Bréfritari: Ragnheiður Daníelsdóttir
Viðtakandi: Jakobína Magnúsdóttir
Dagsetning: A-1886-08-26
Skrifað á: Reykjavík  Gull.
Ragnheiður var dóttir Jakobínu

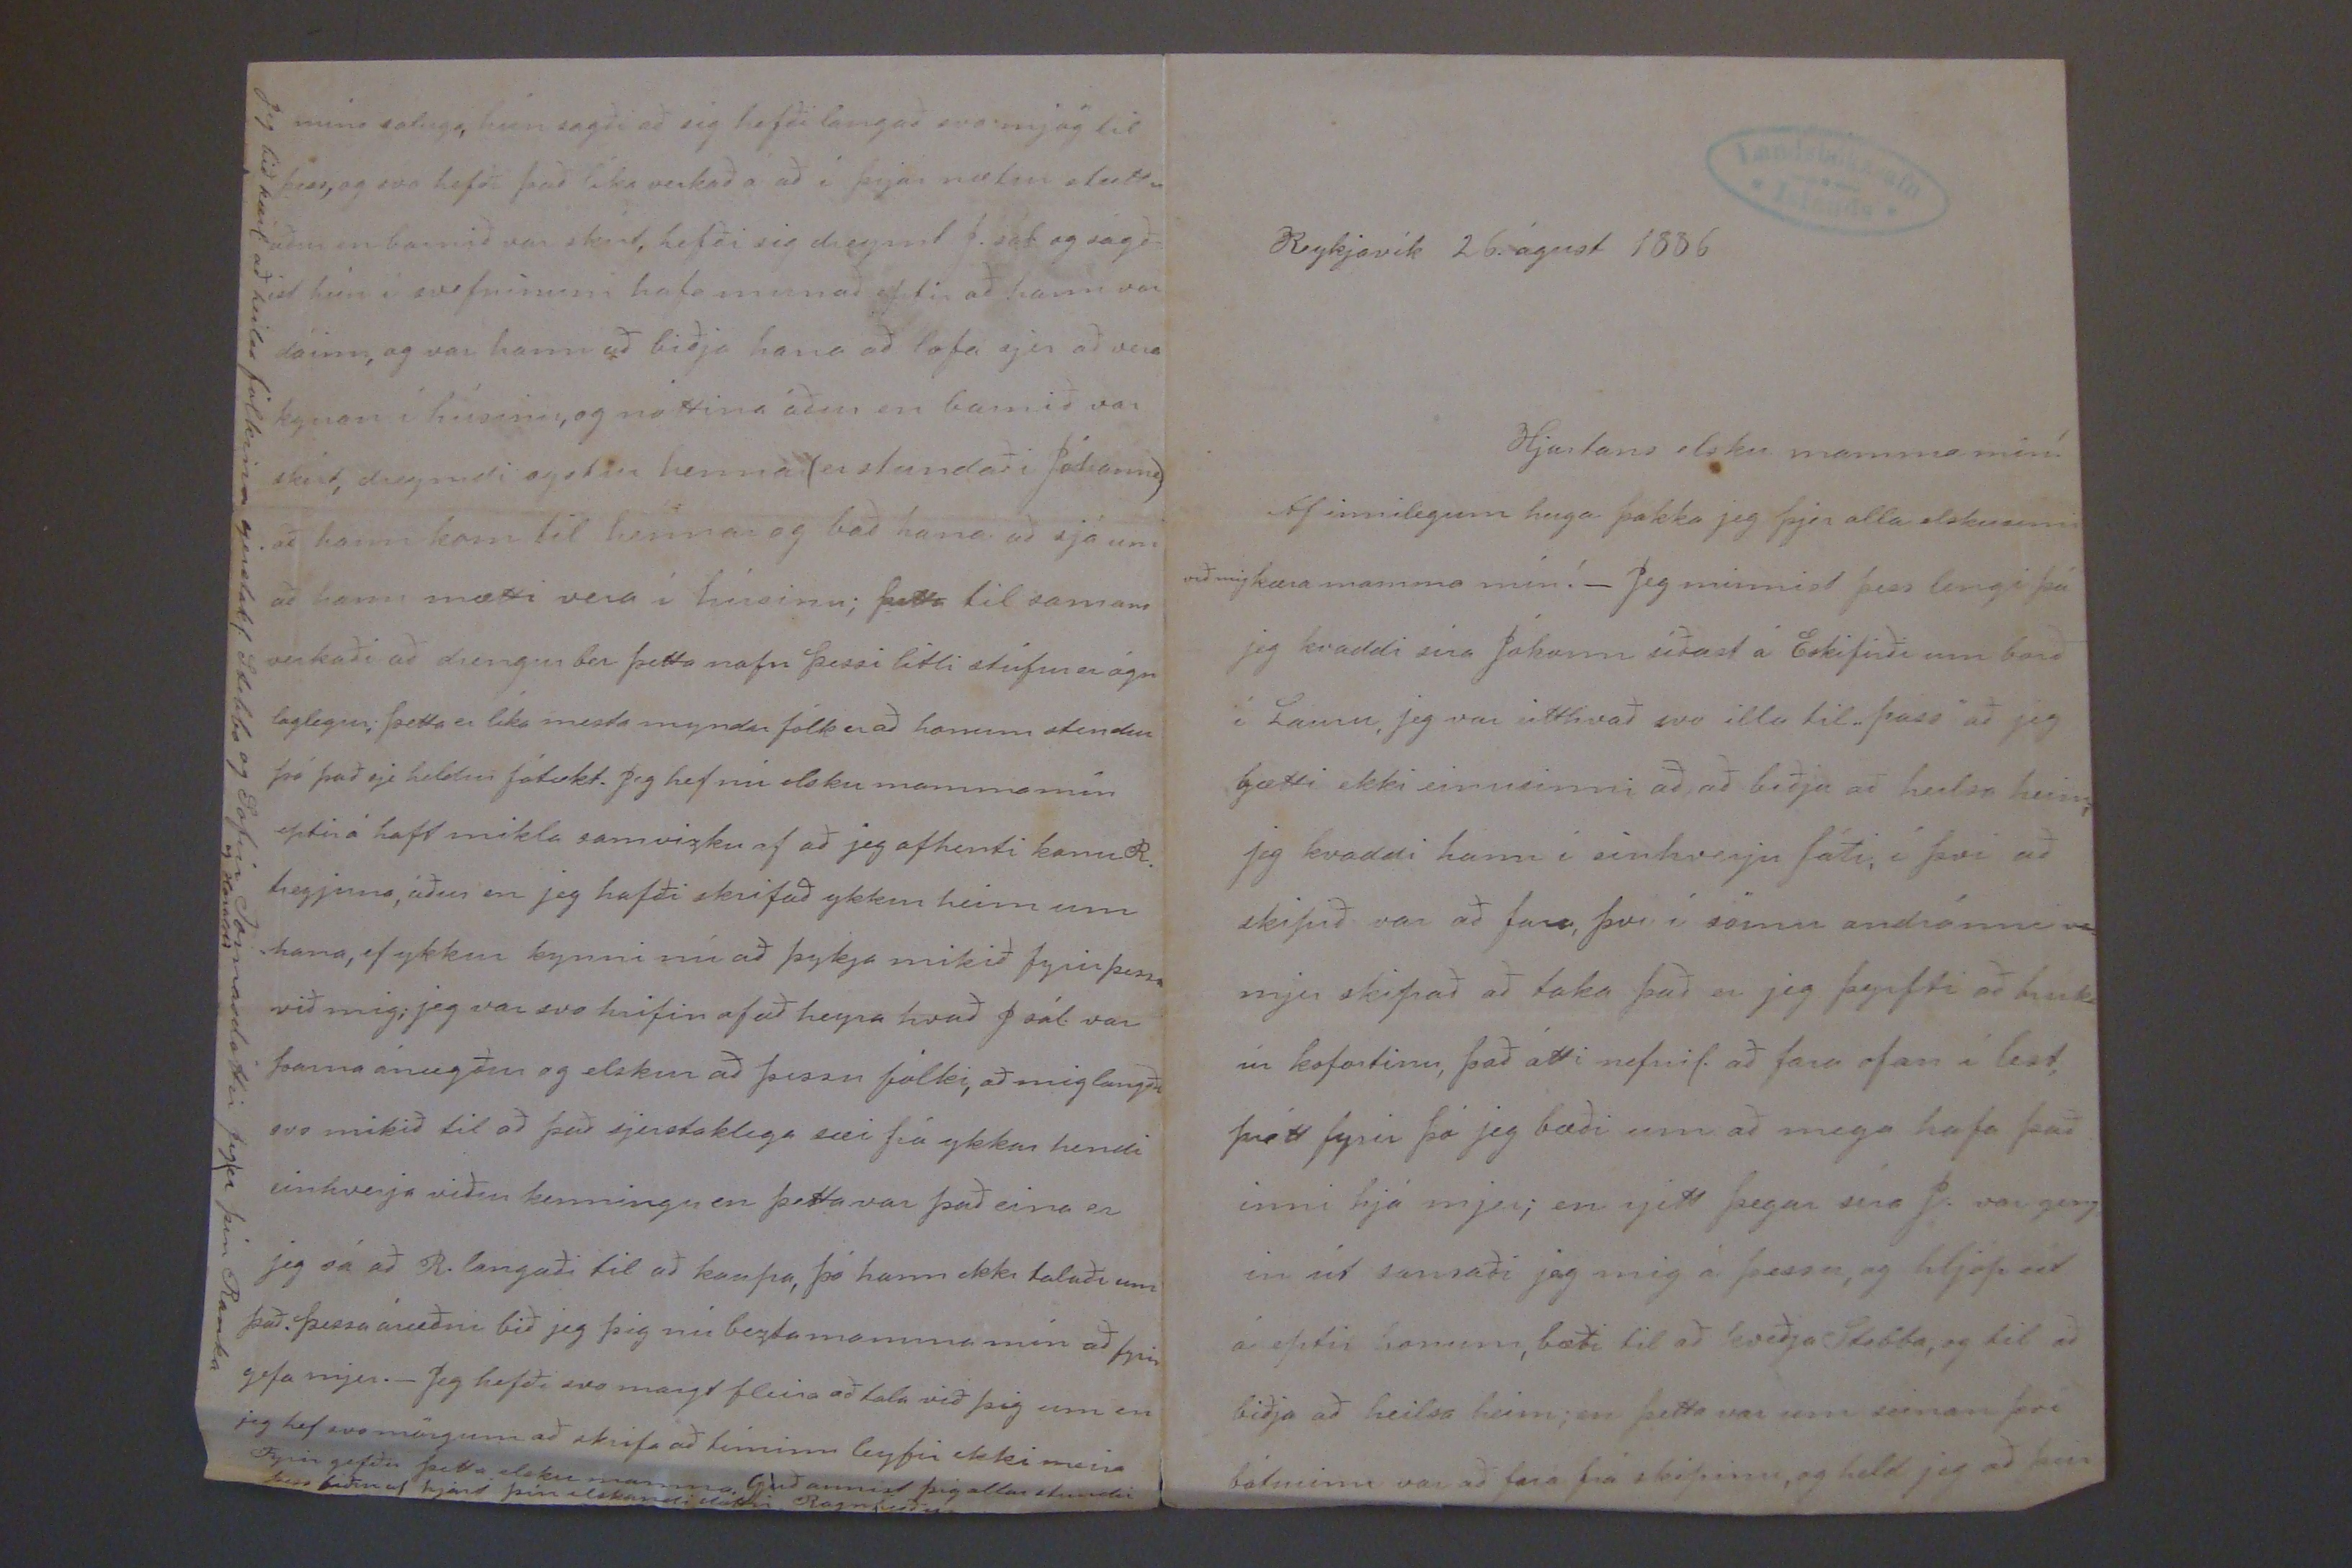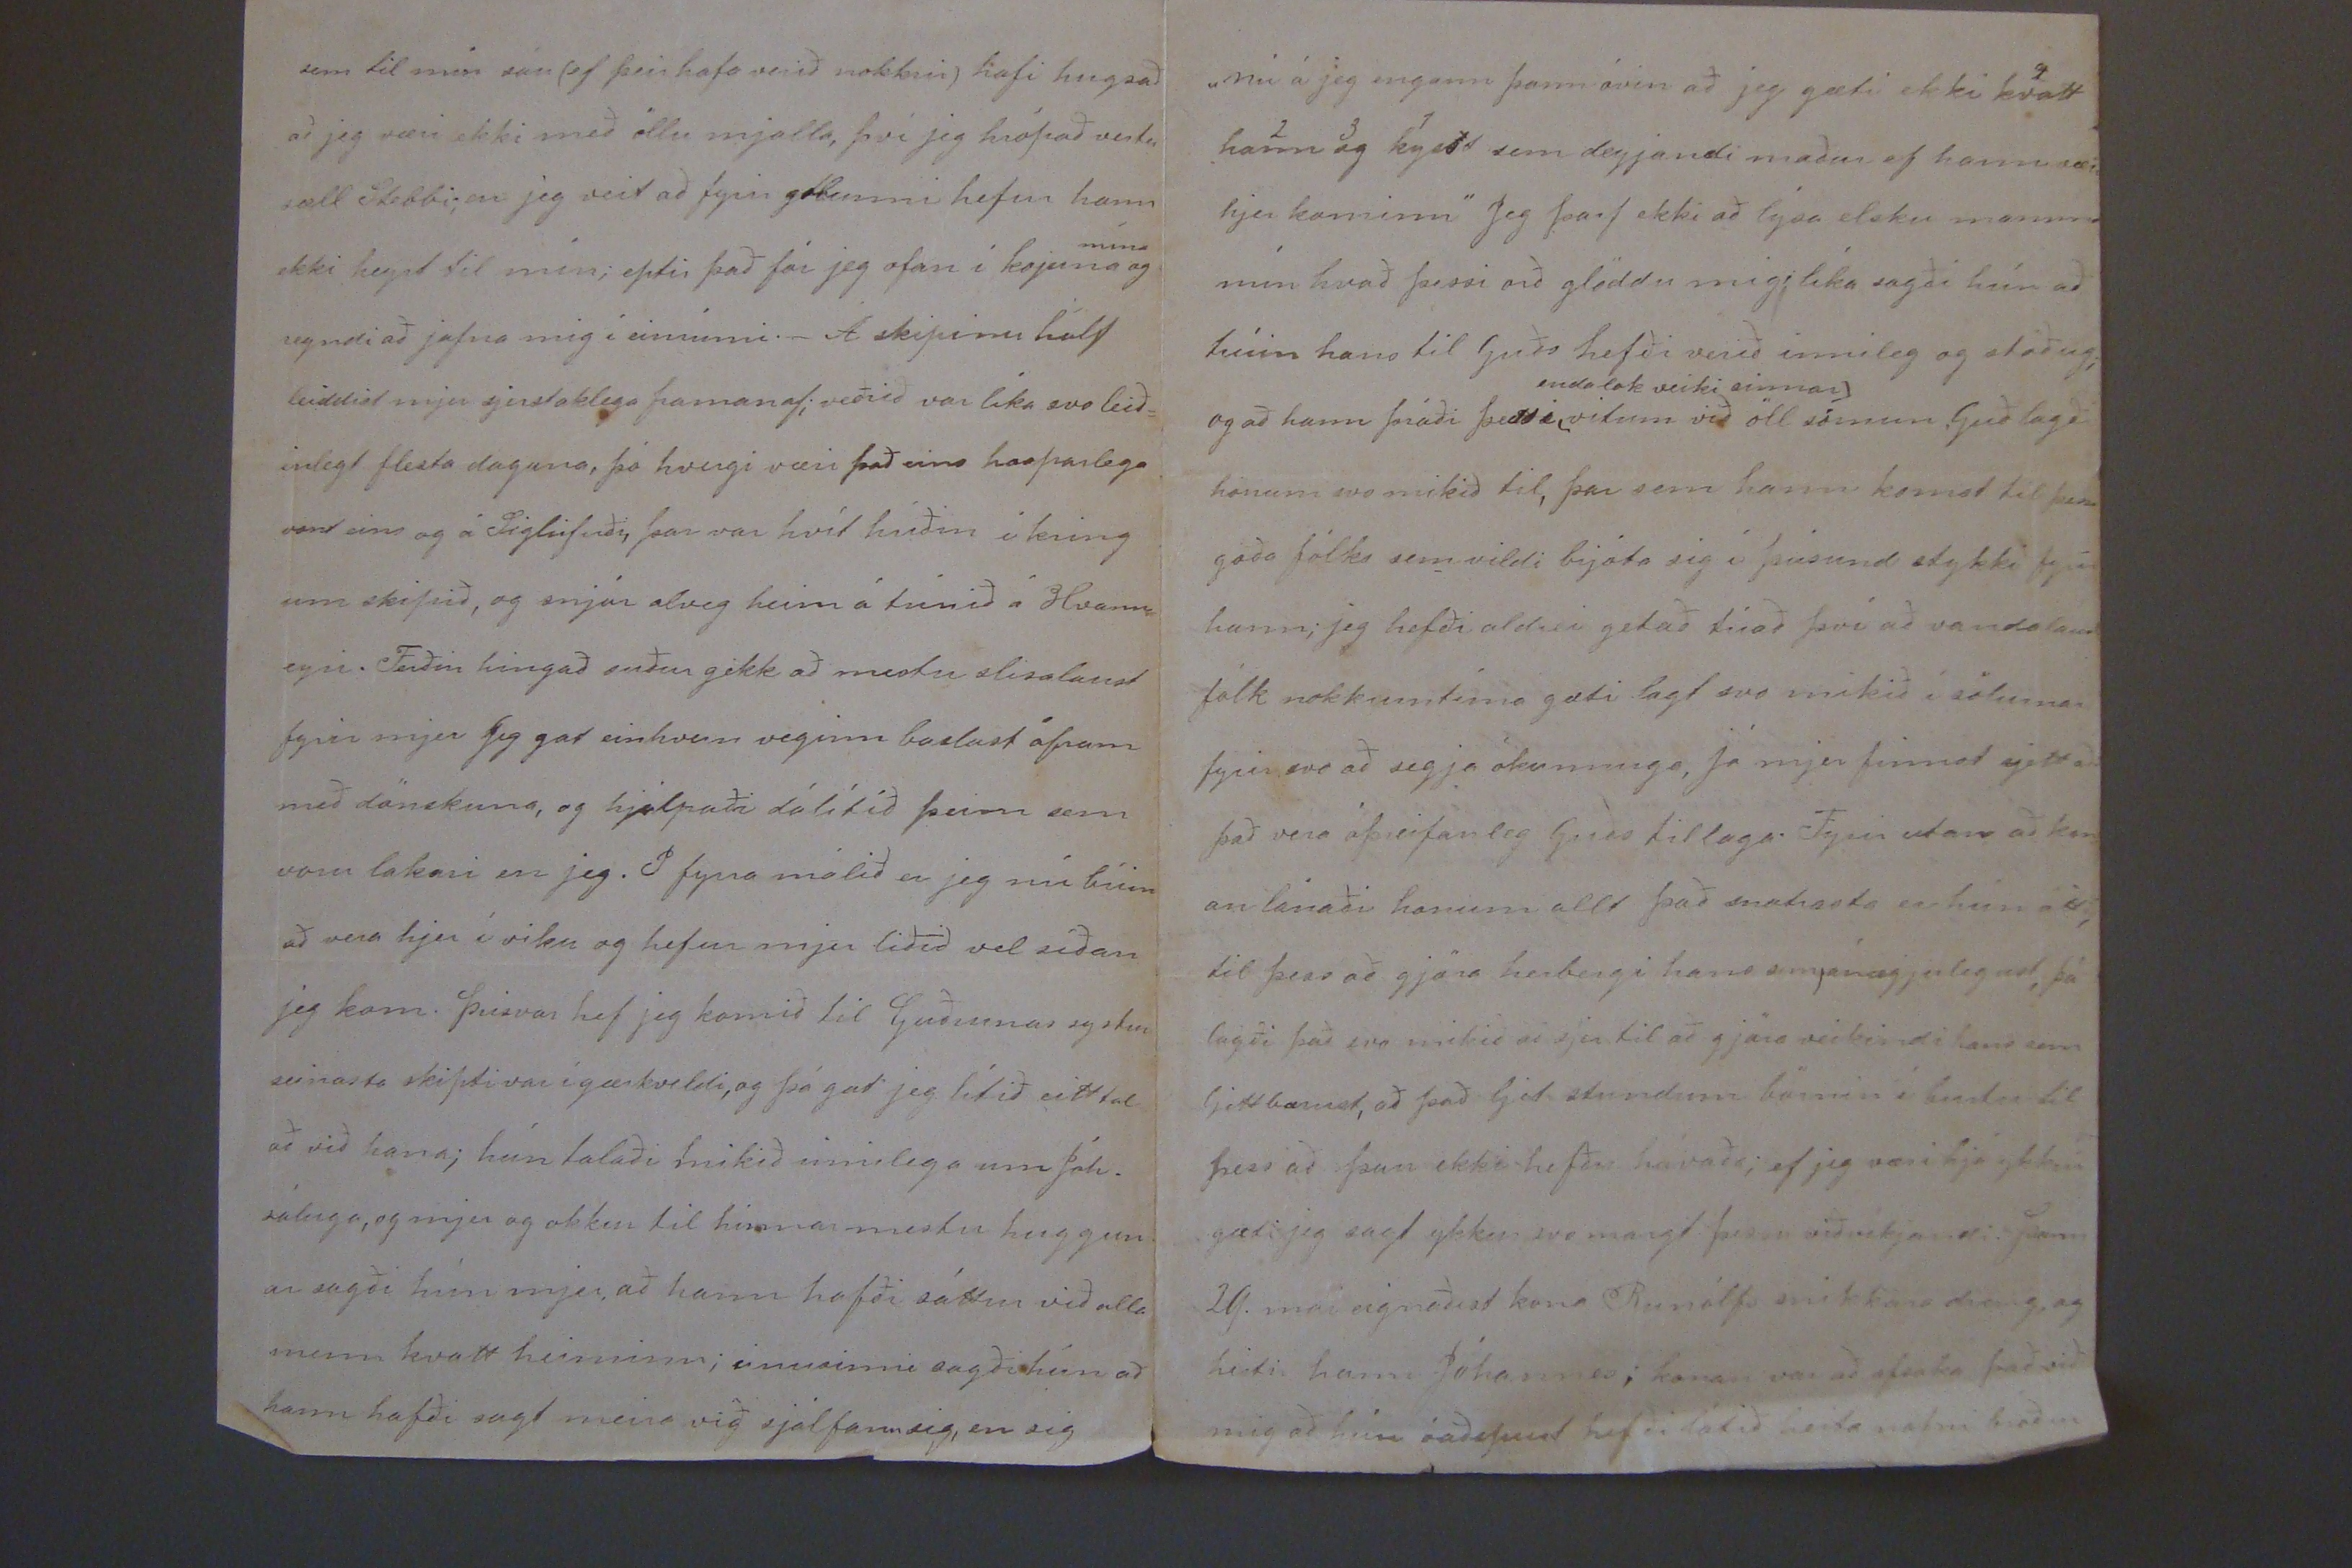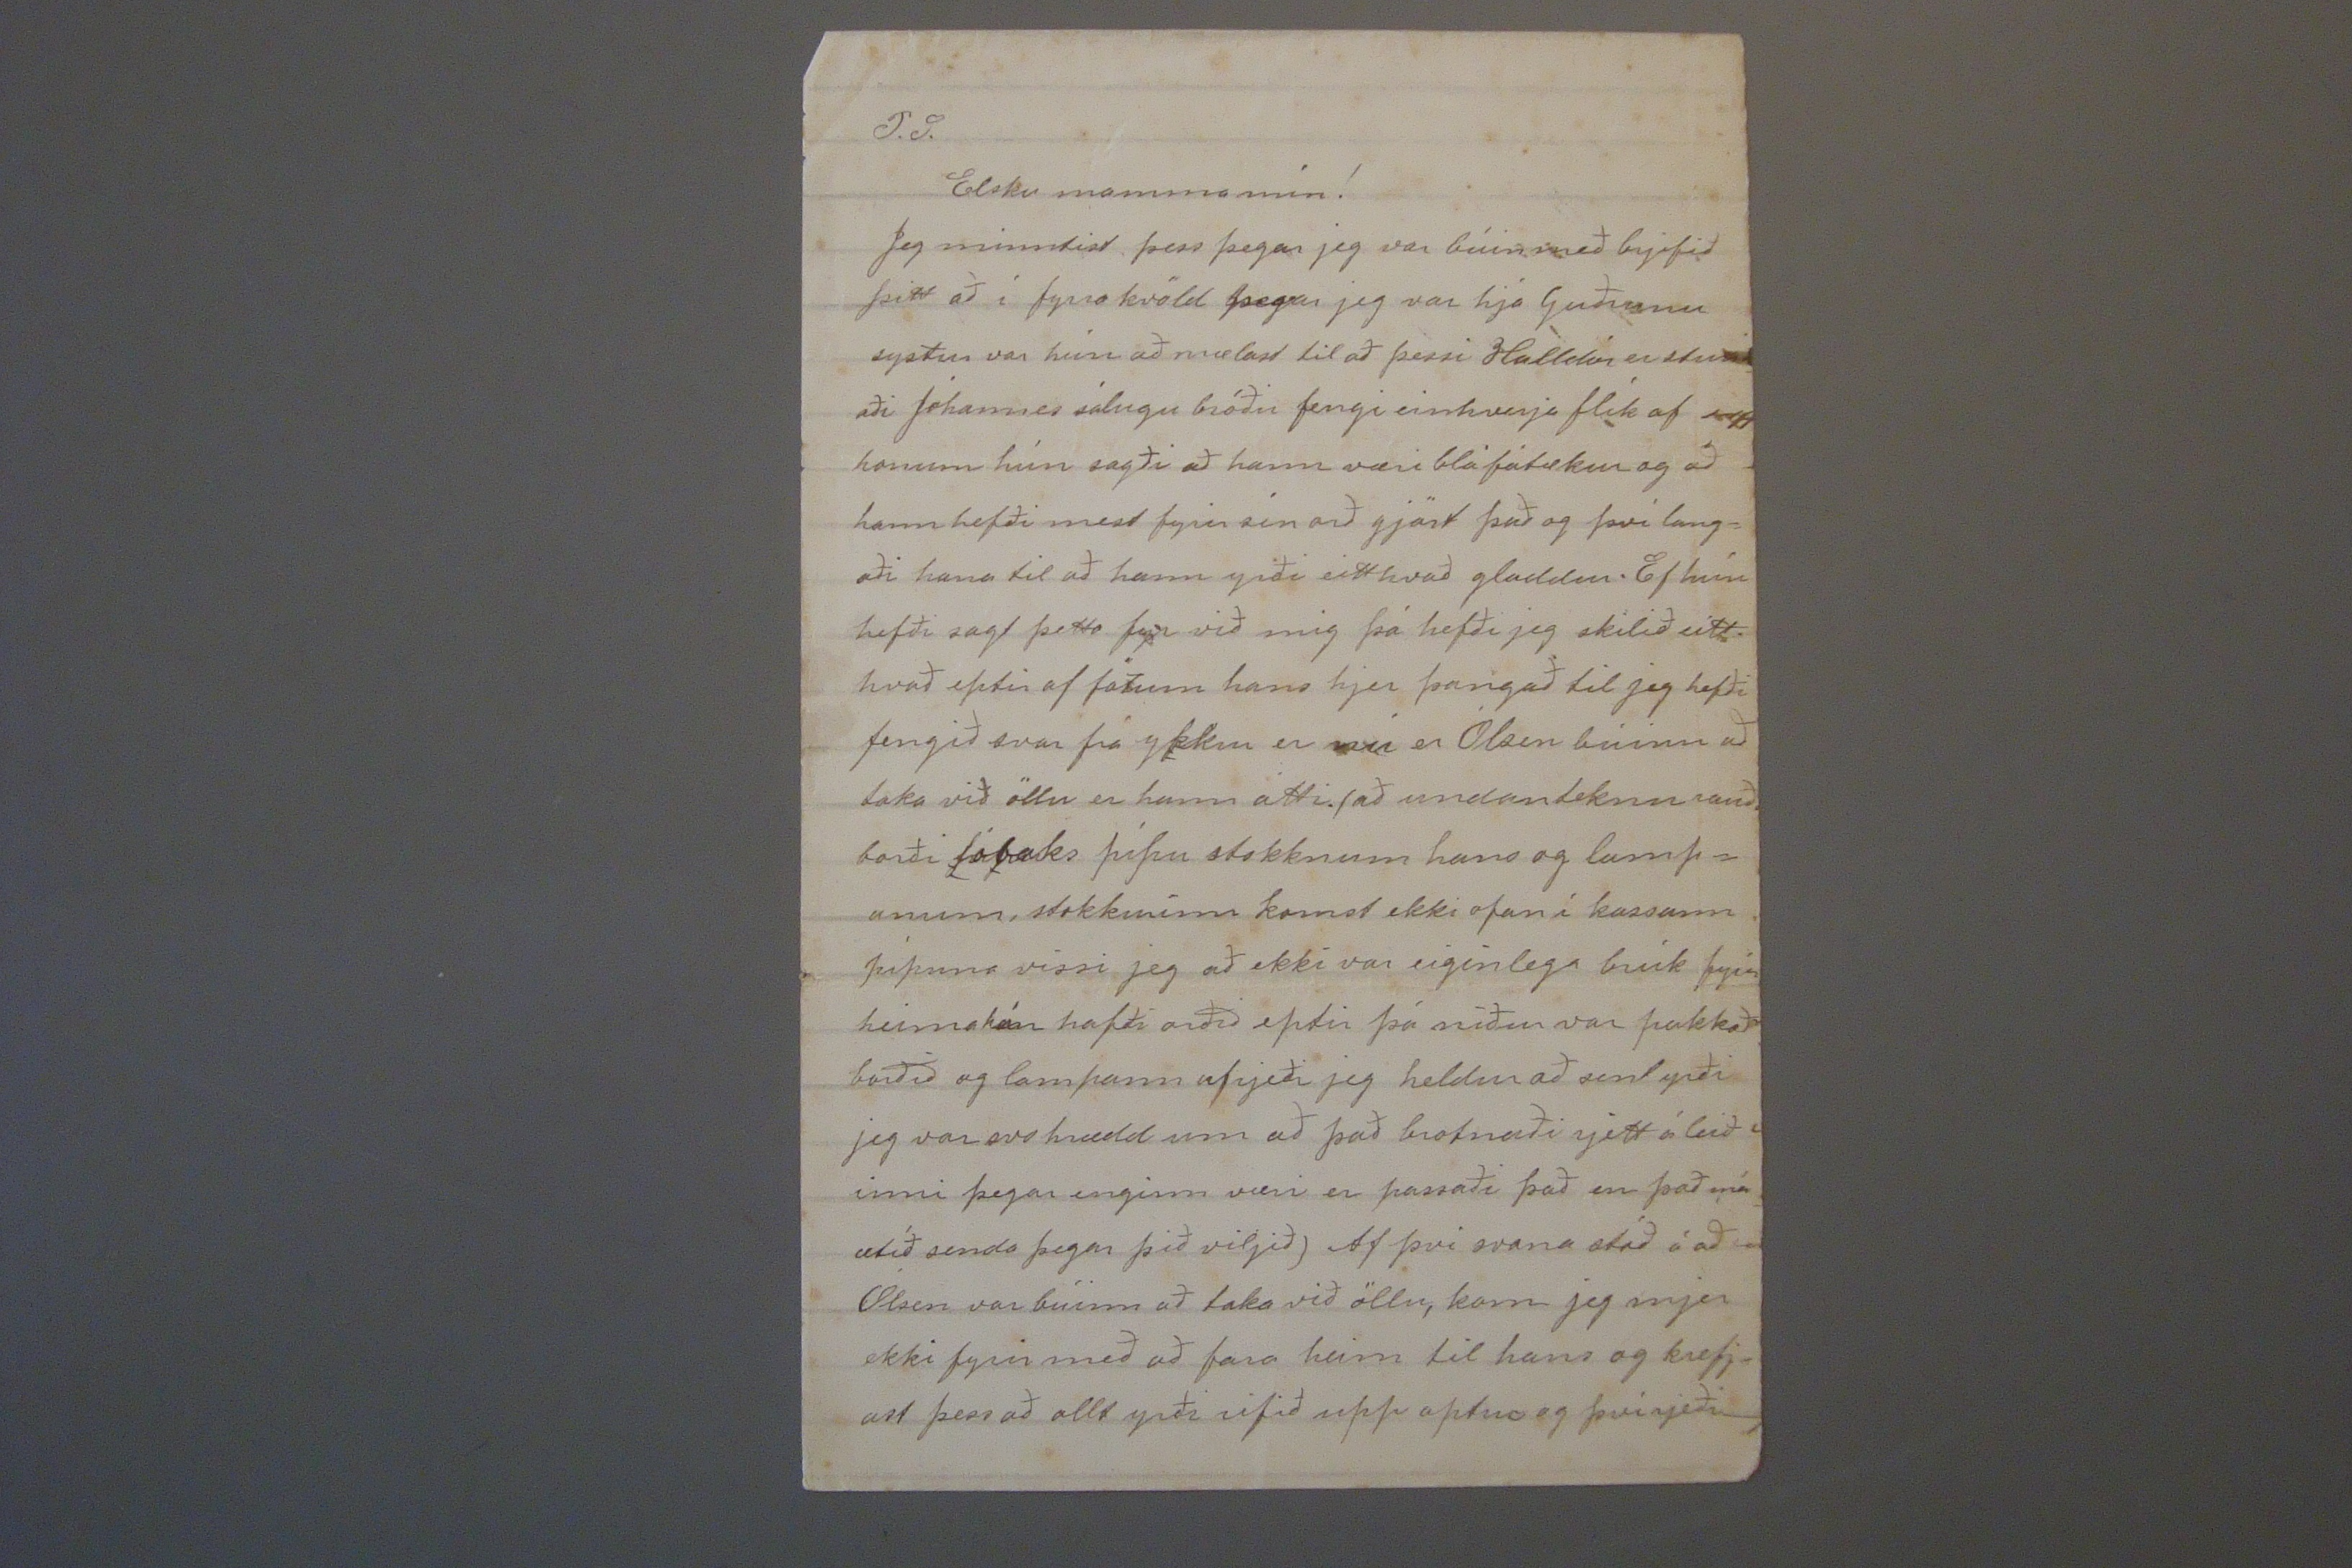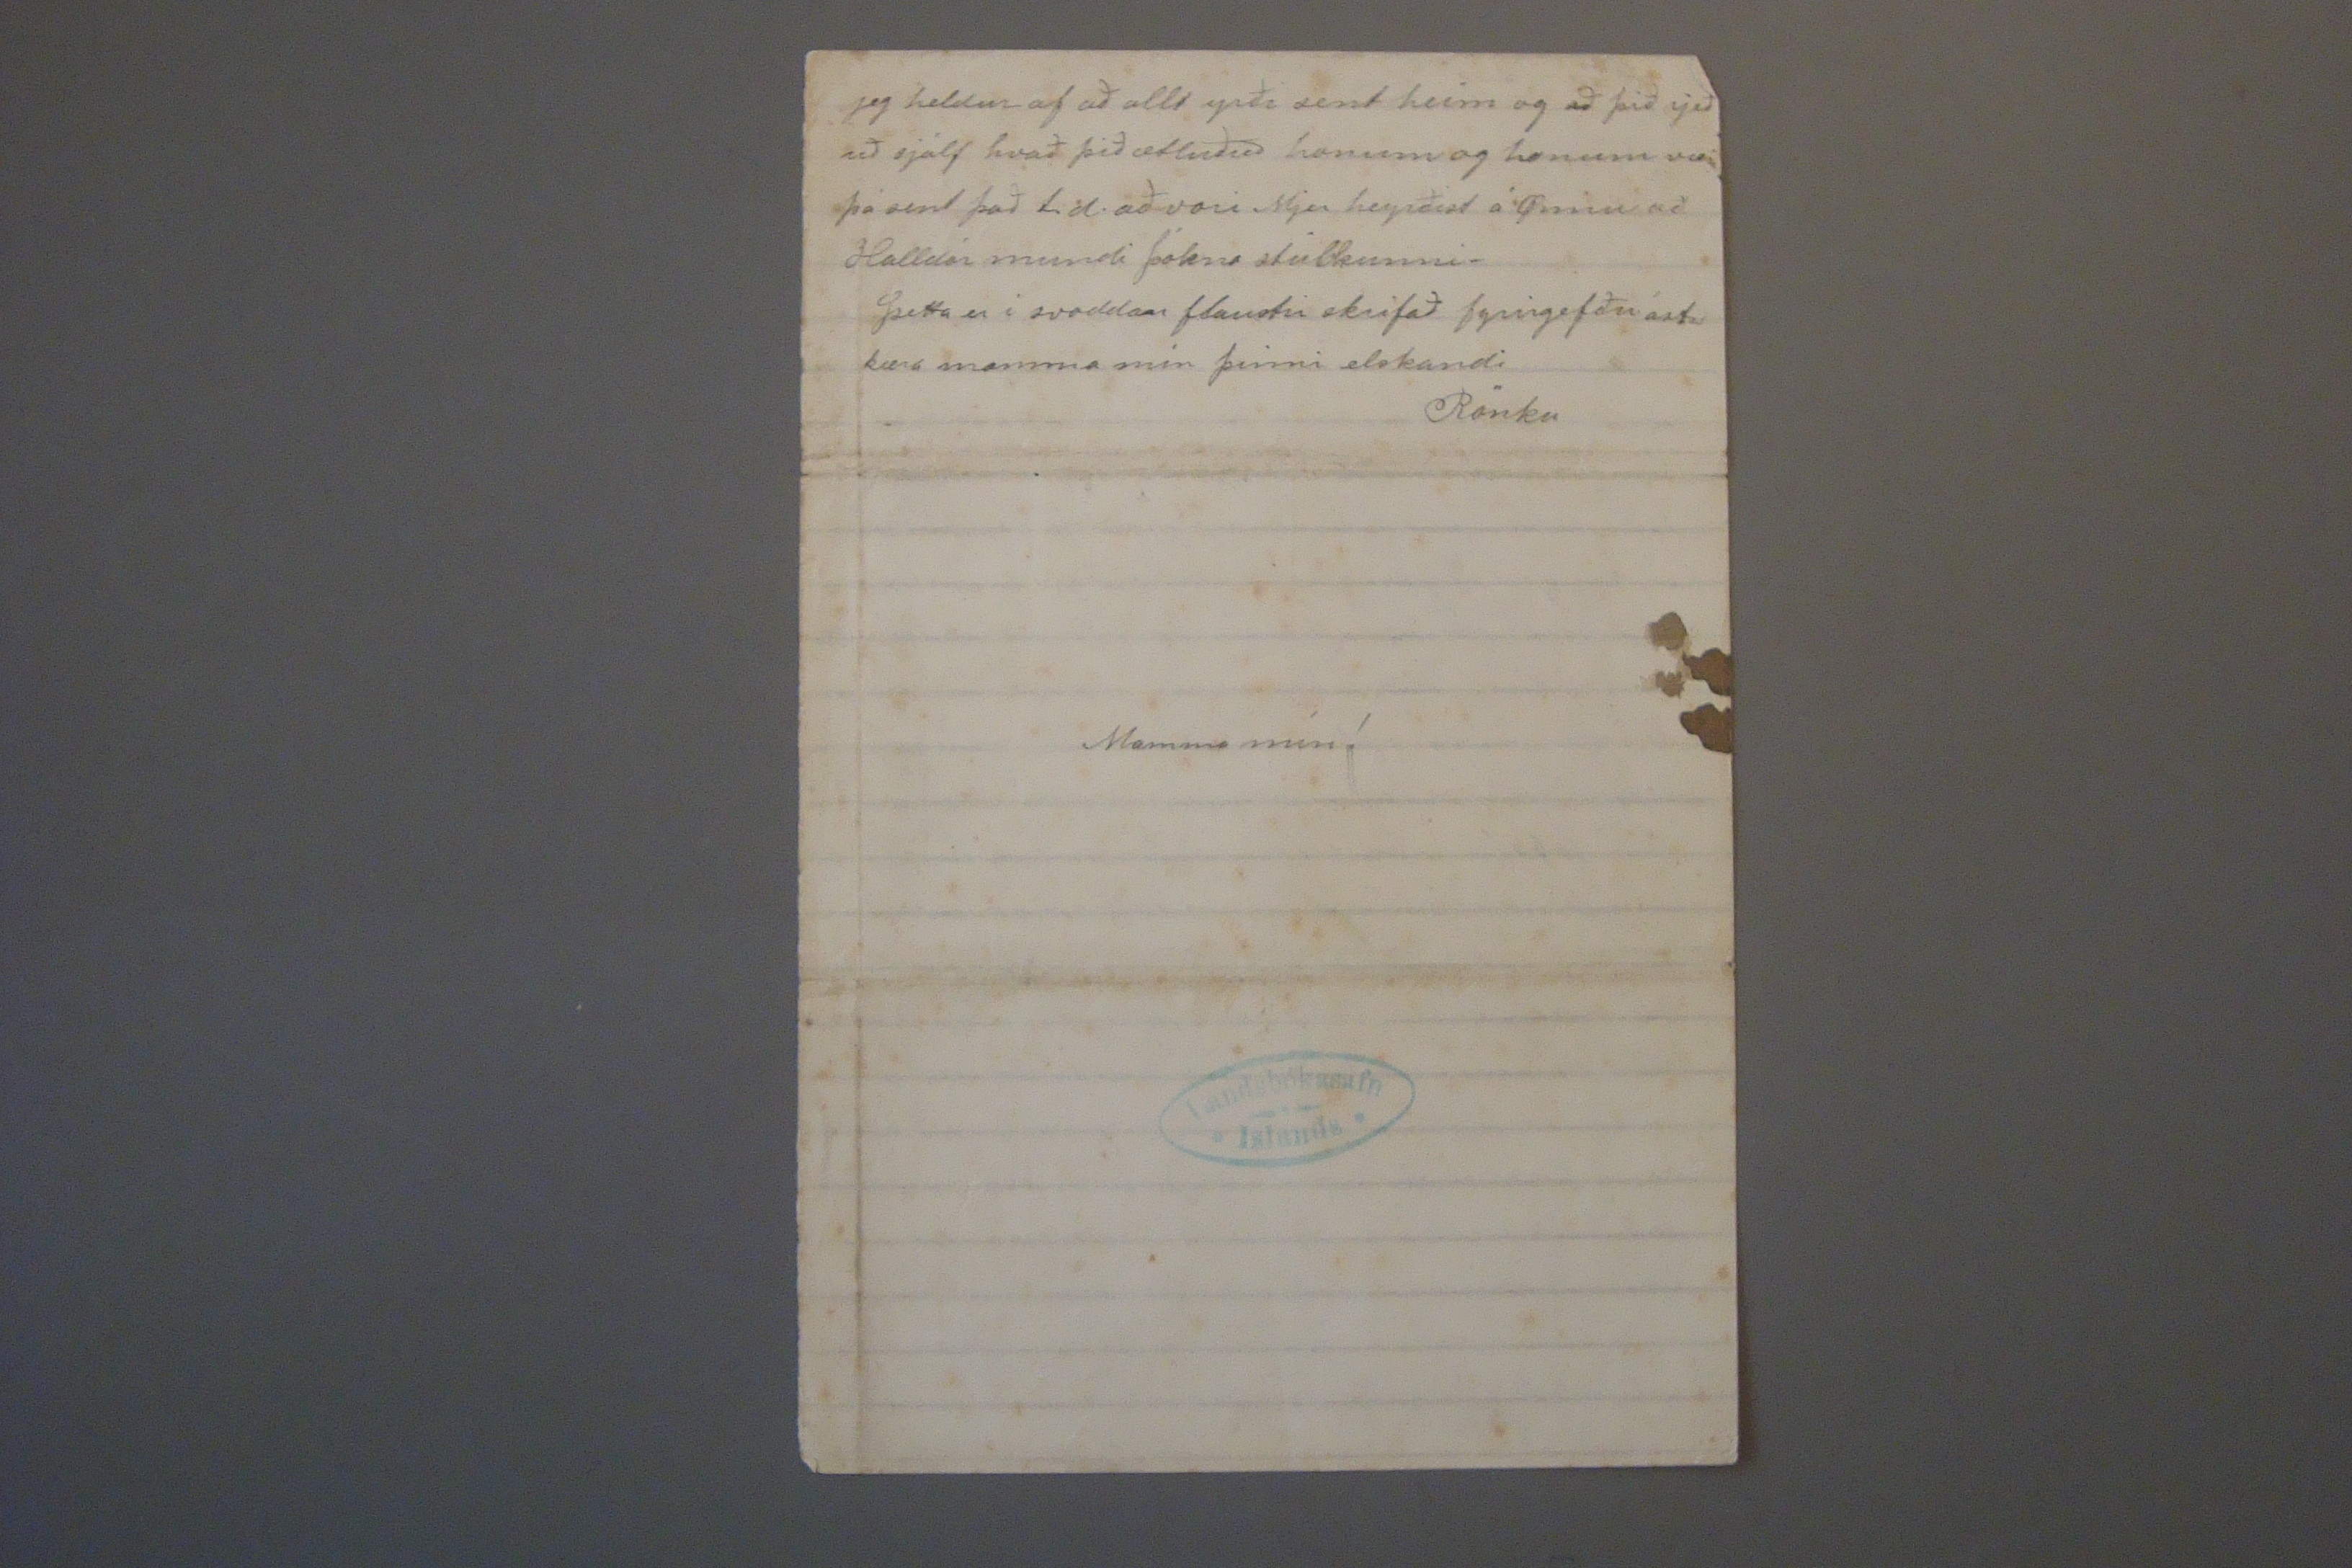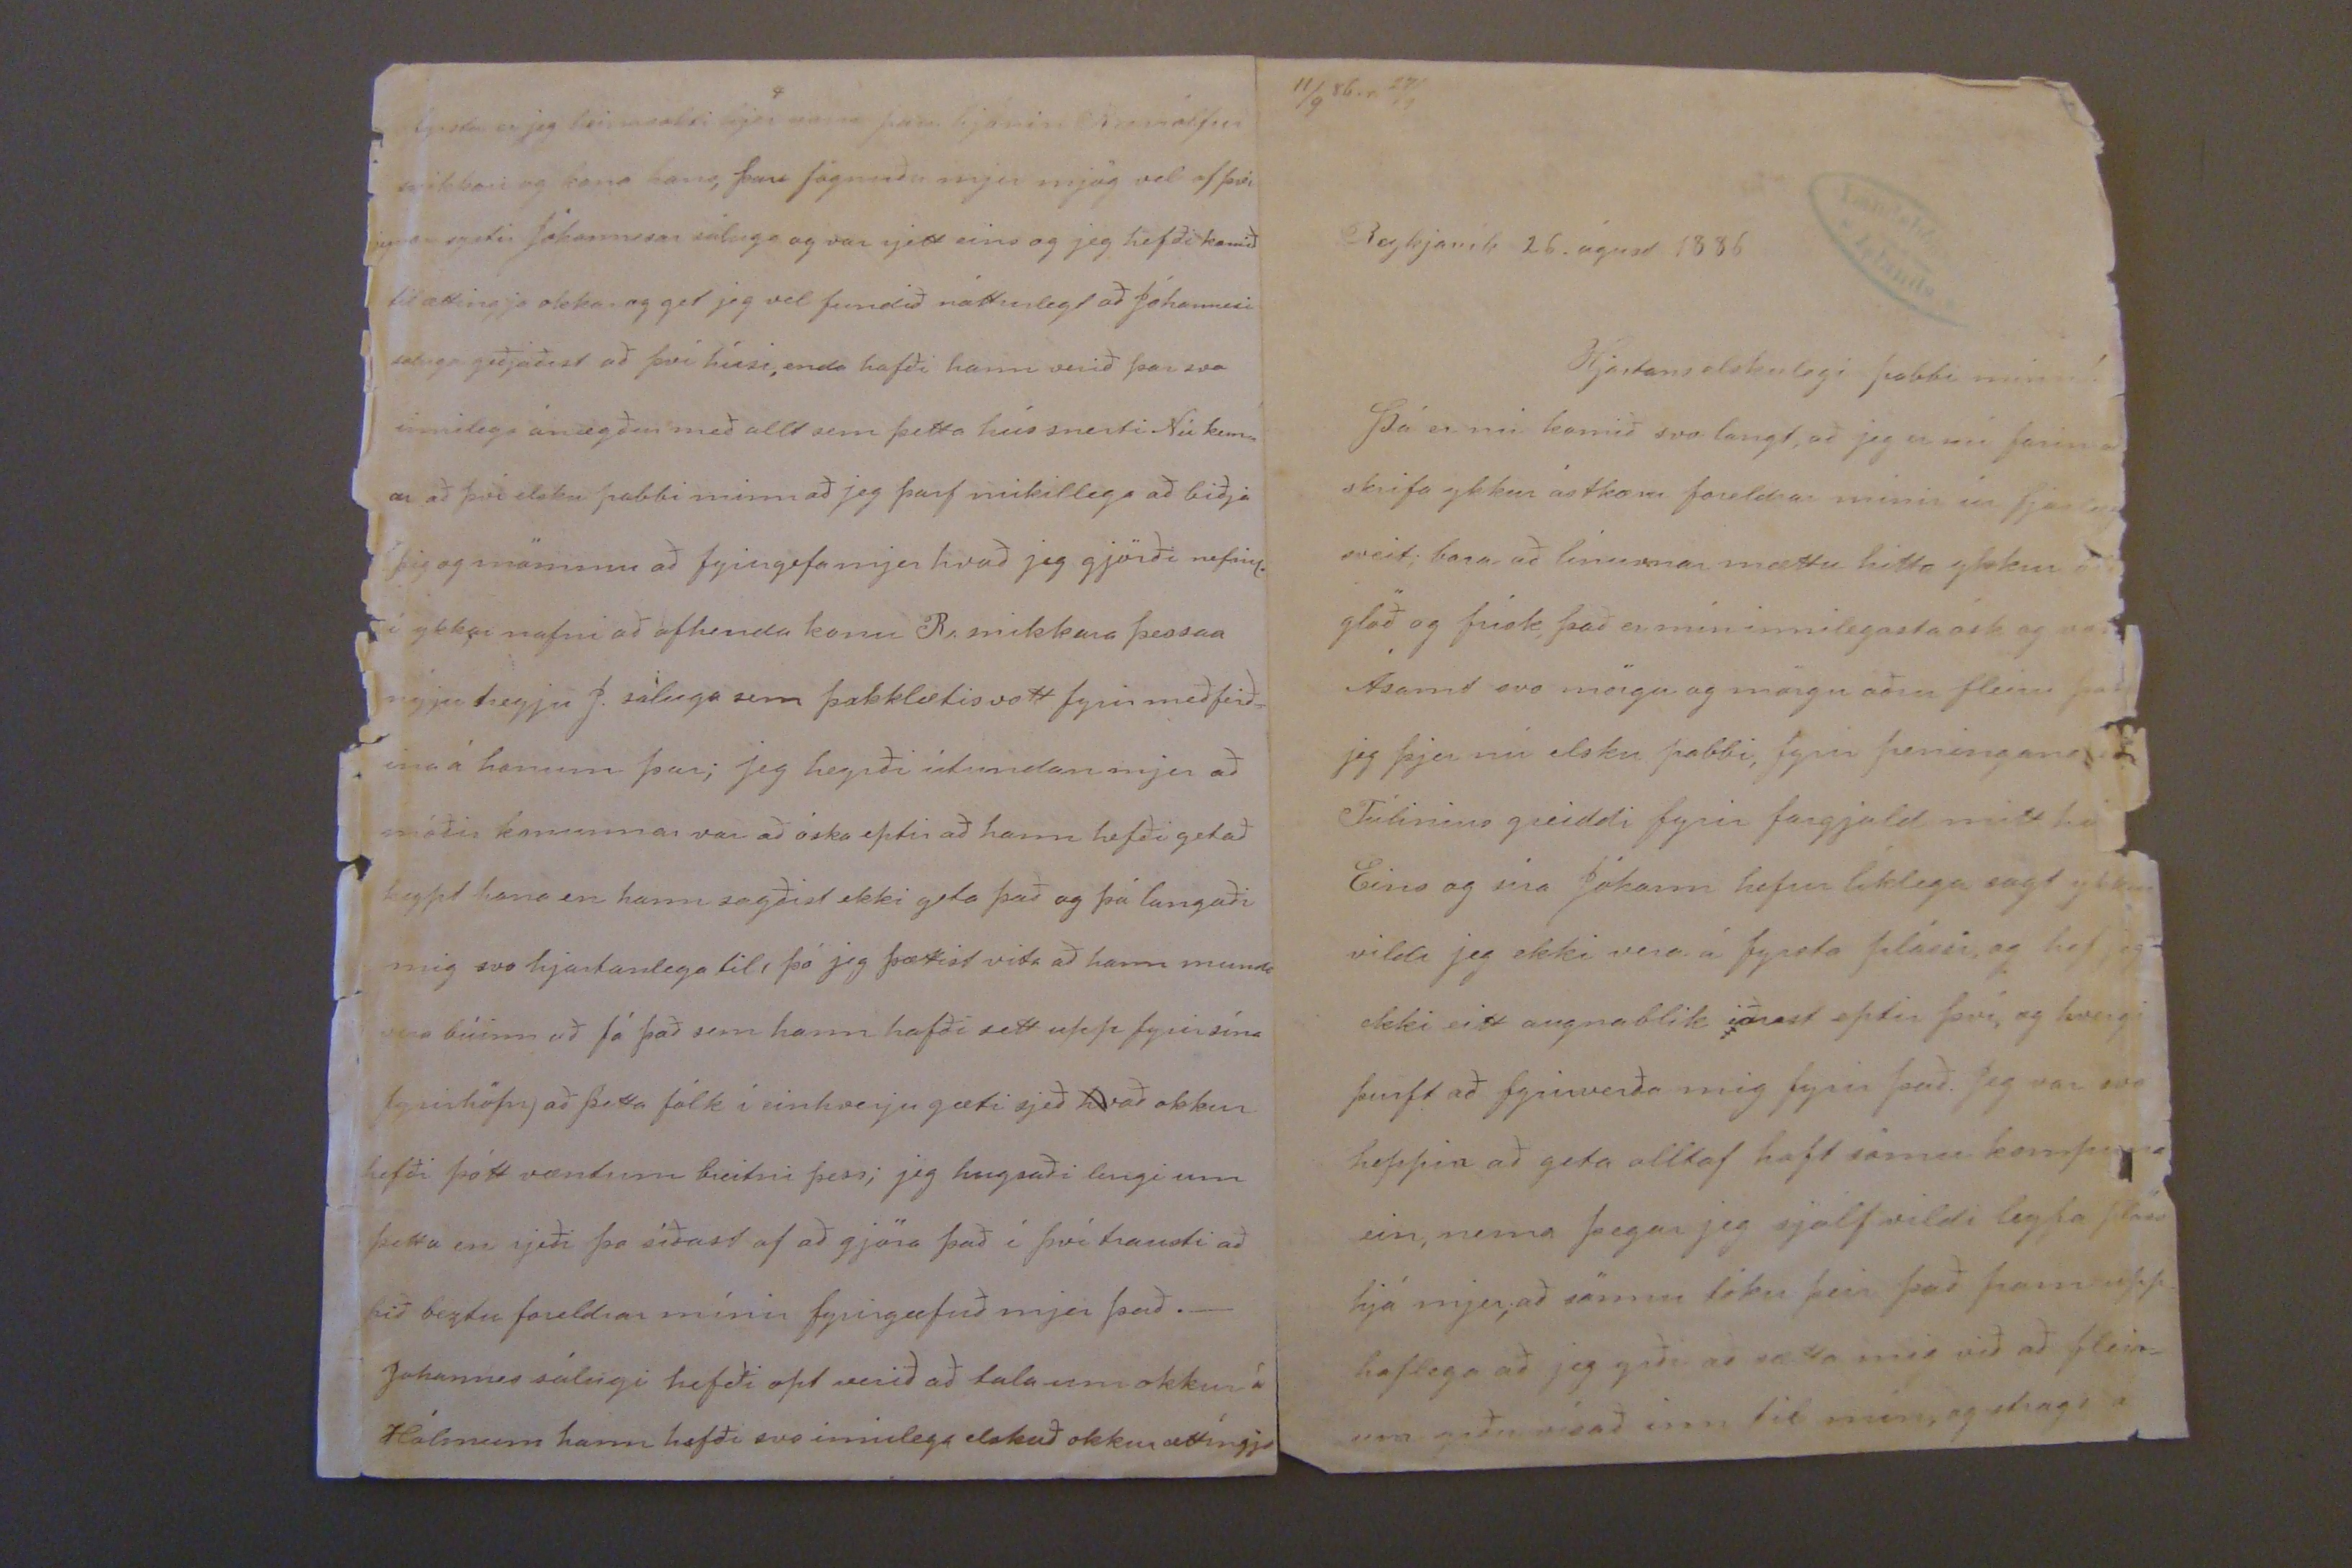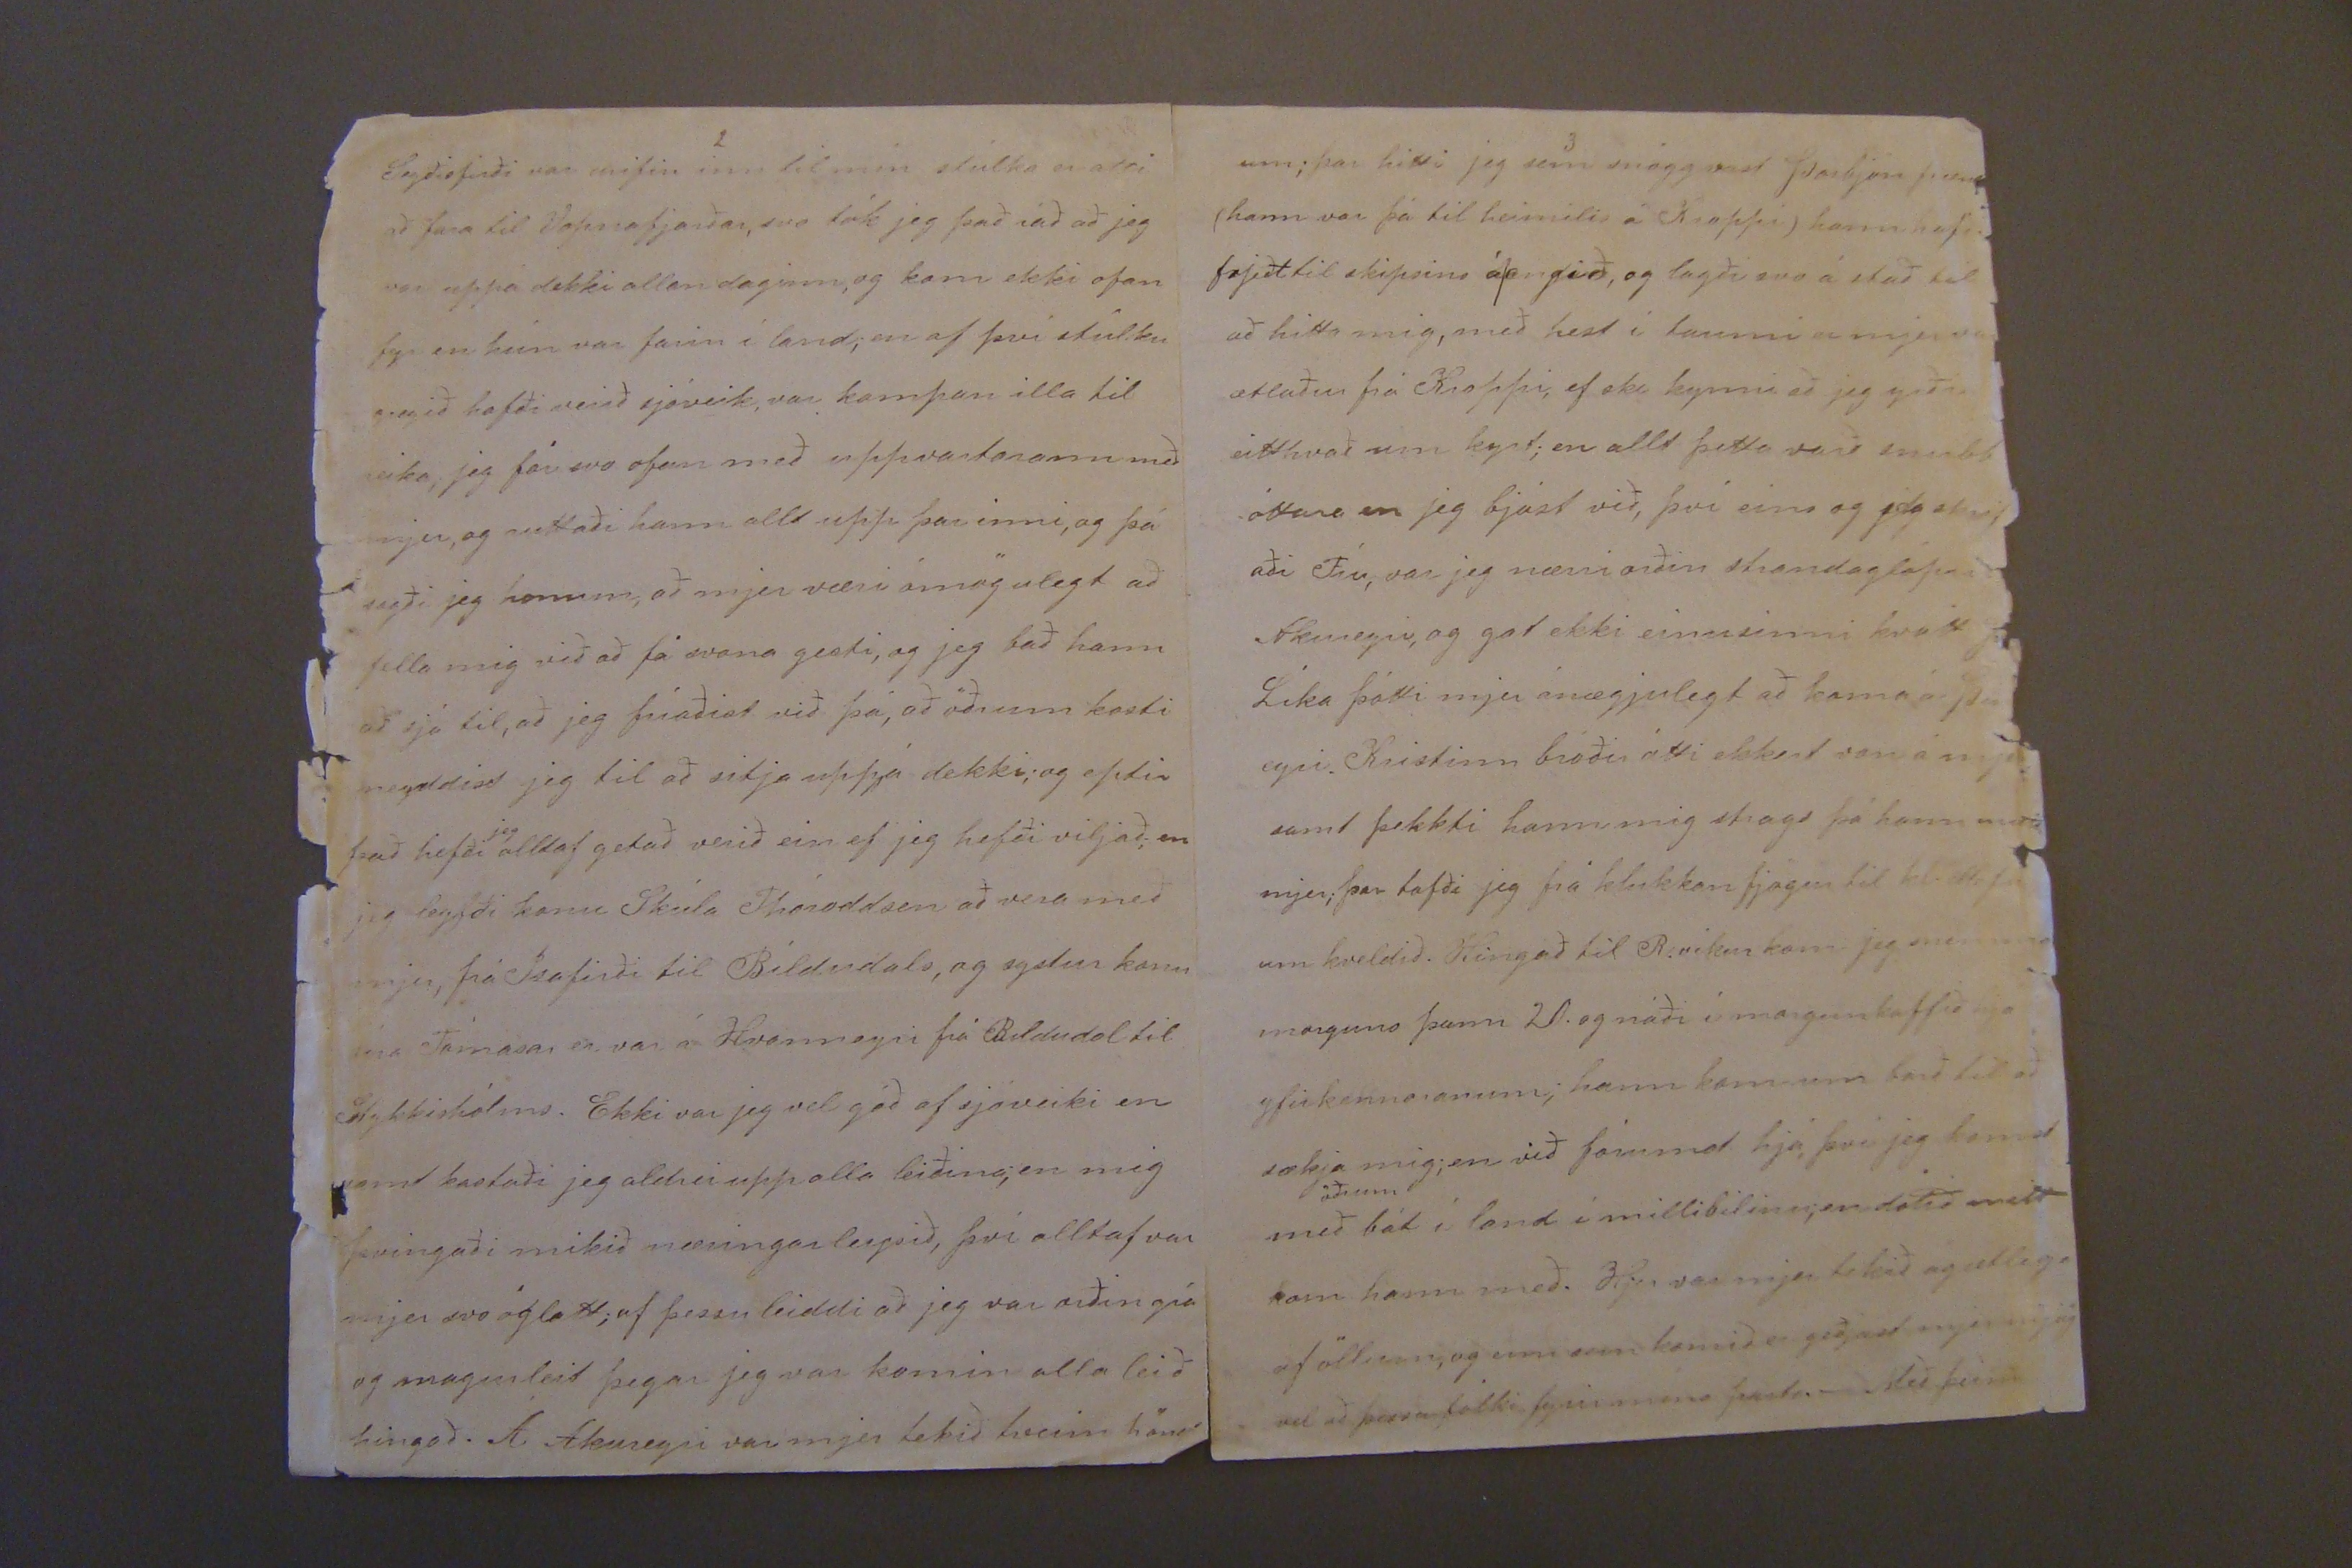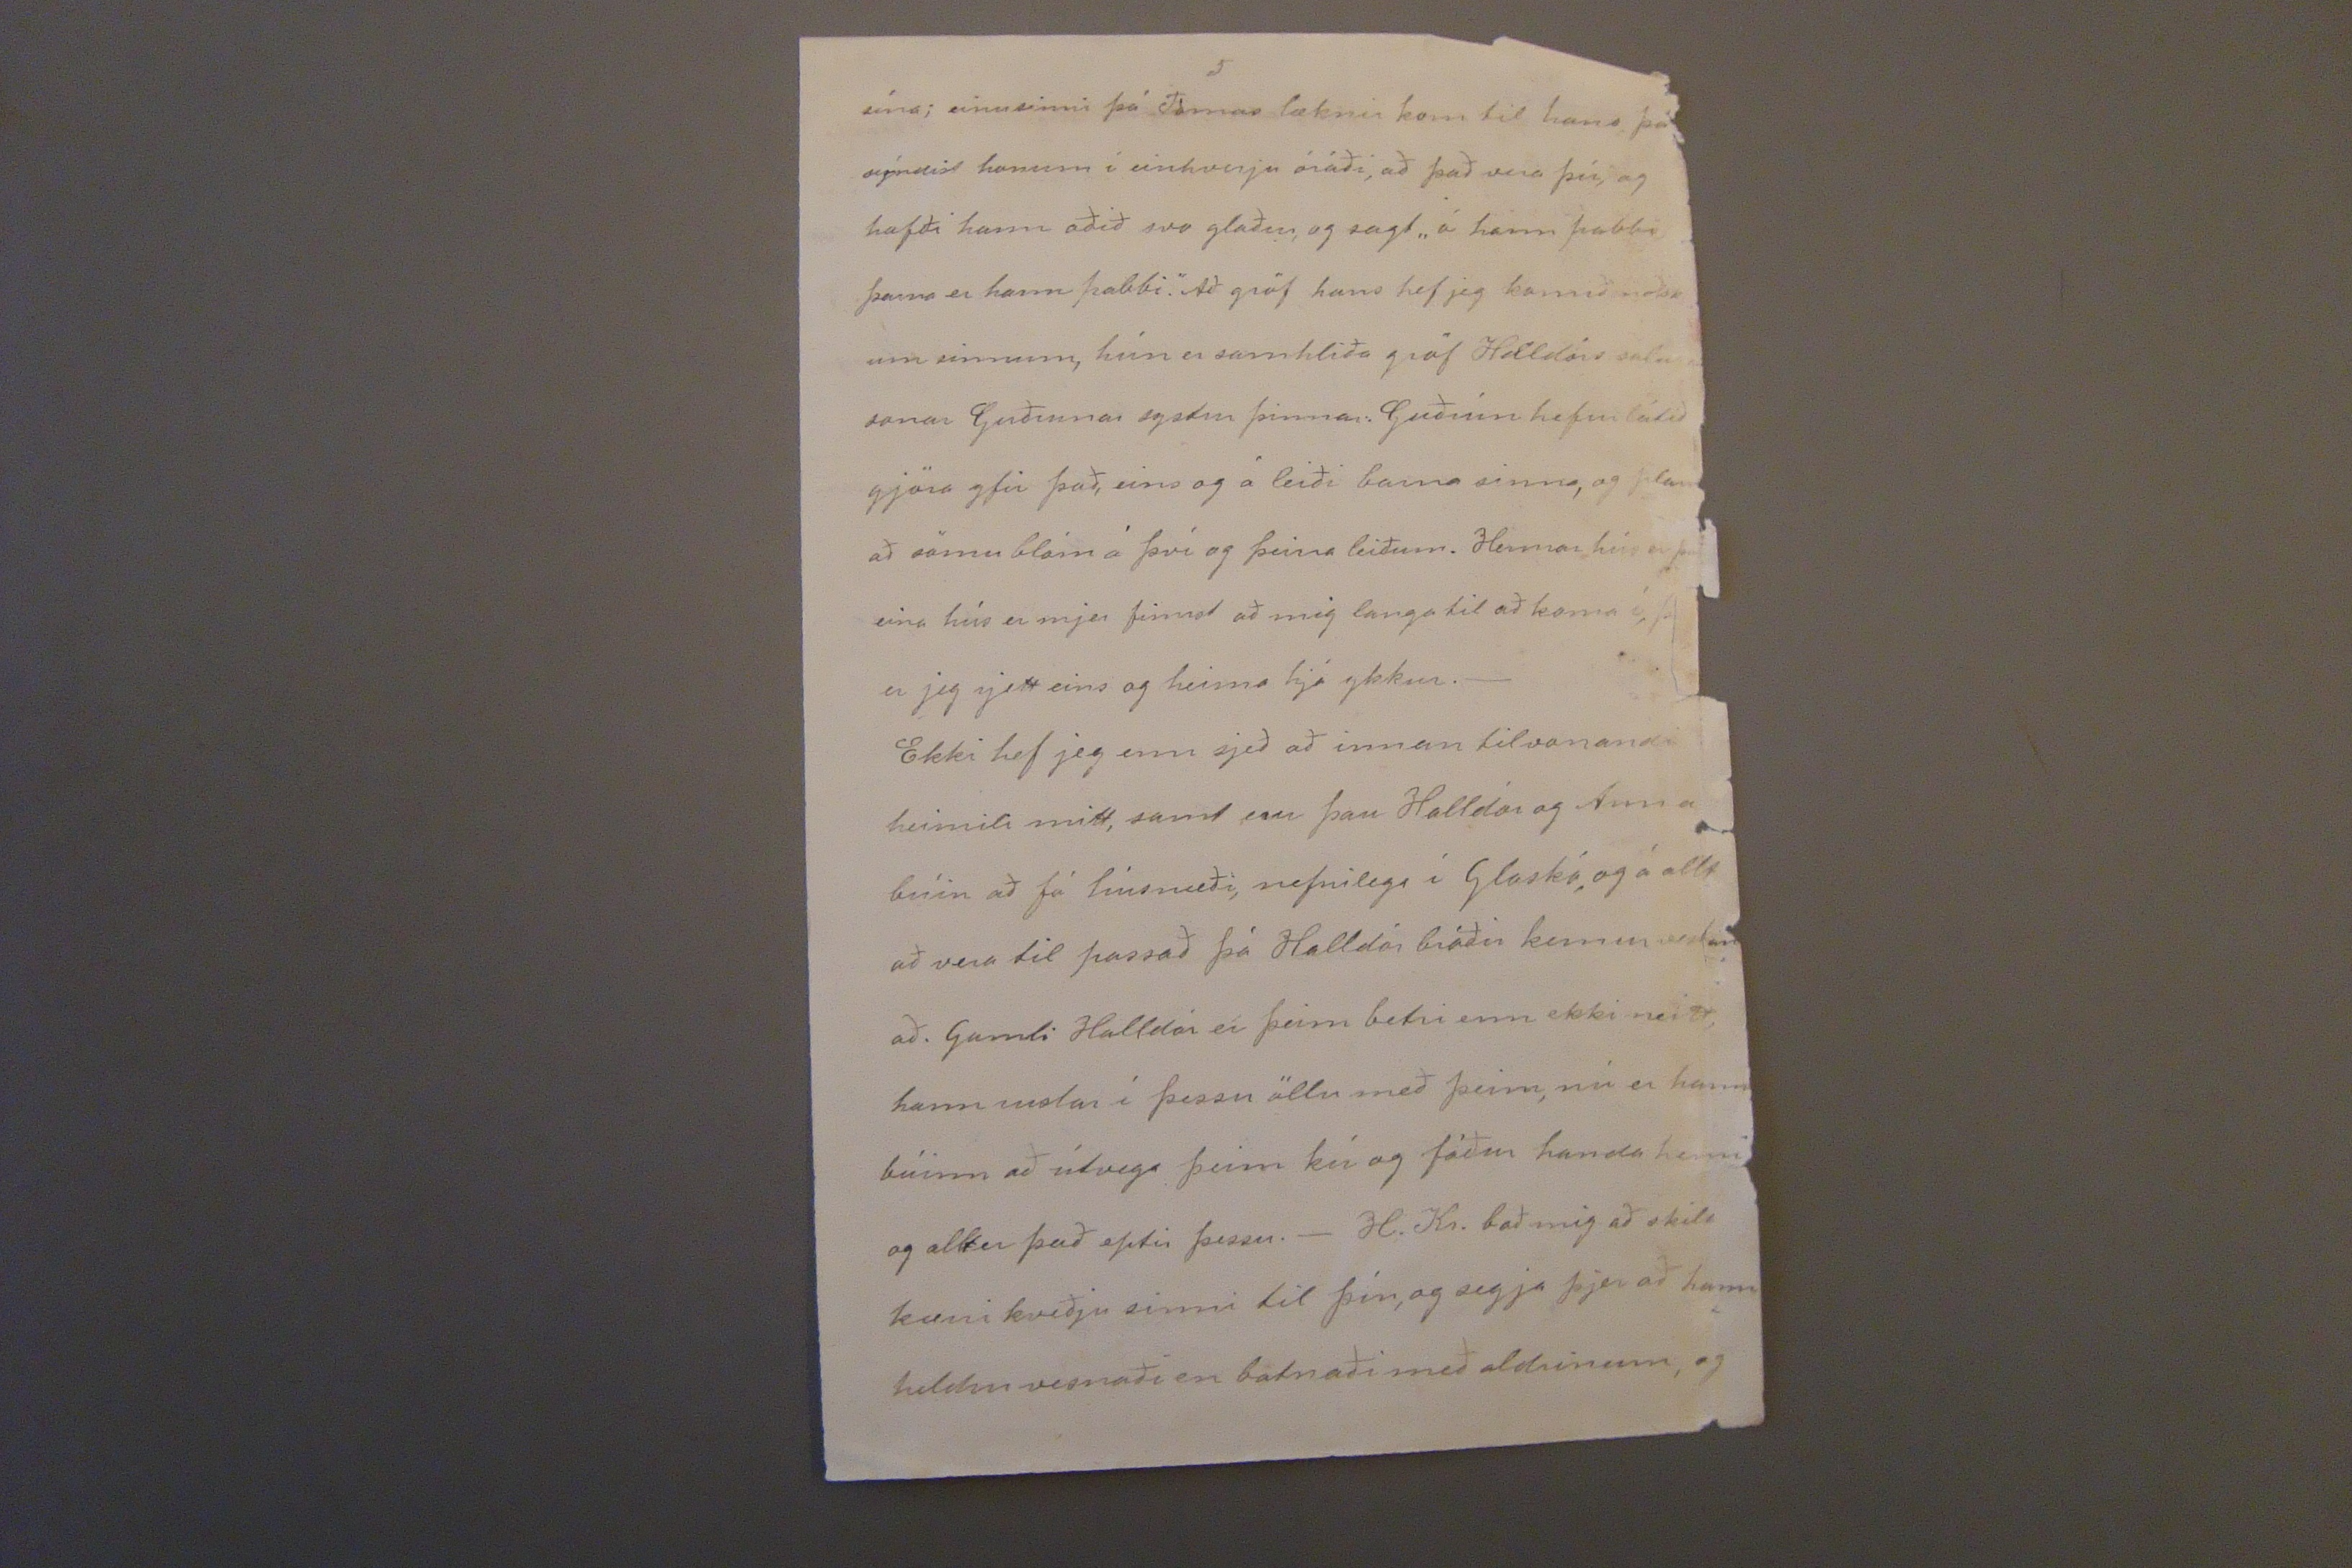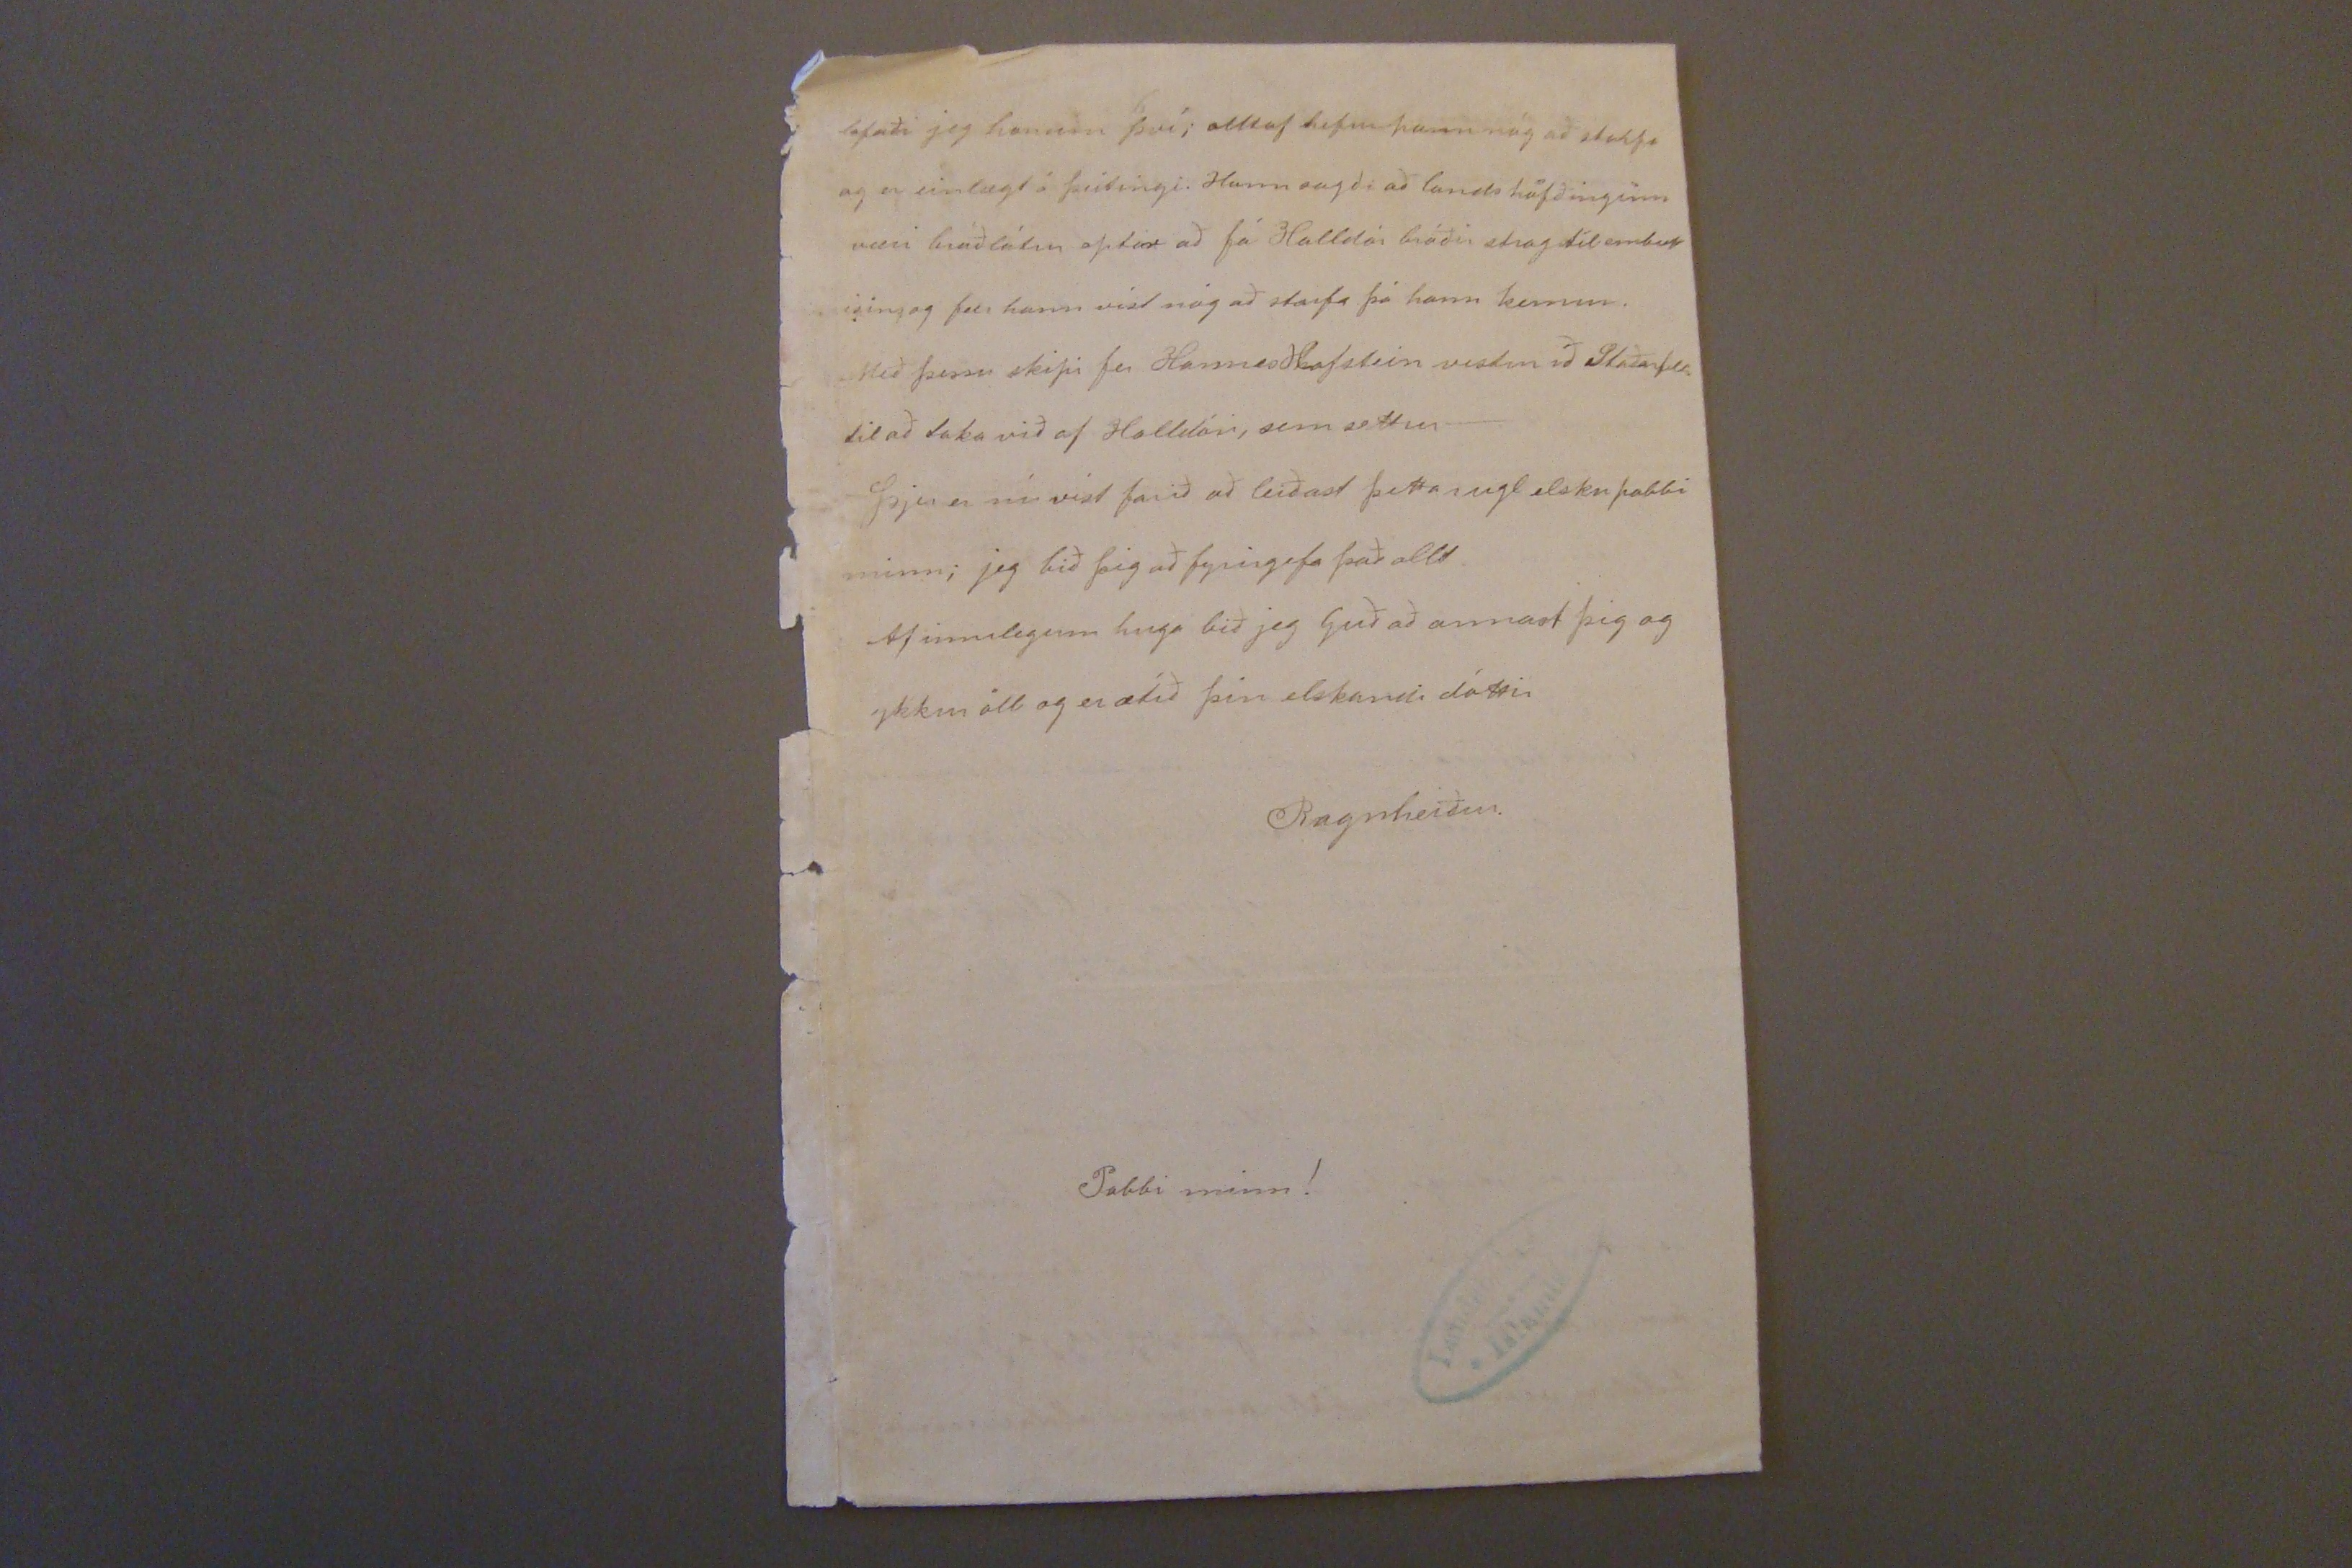

Reykjavík 26. águst 1886
Hjartans elsku mamma min!
Af innilegum huga þakka jeg þjer alla elskusemi við mig kæra mamma mín!_ Jeg minnist þess lengi þá jeg kvaddi séra Jóhann síðast á Eskifirði um borð í
Lauru
, jeg var eitthvað svo illa til "pass" að jeg gætti ekki einusinni að að biðja að heilsa heim, jeg kvaddi hann í einhverju fáti; í því að skipið var að fara, þvi í sömu andrómi var mjer skipað að taka það er jeg þyrfti að brúka úr kofortinu, það átti nefnil. að fara ofan í lest, þrátt fyrir þá jeg bæði um að mega hafa það inni hjá mjer; en rjett þegar séra J. var geng= in úr sansaði jeg mig á þessu, og hljóp út á eptir honum, bæði til að kveðja Stebba, og til að biðja að heilsa heim; en þetta var um seinan því
báturinn
var að fara frá skipinu, og held jeg að þeir
sem til mín sáu (ef þeir hafa verið nokkrir) hafi hugsað að jeg væri ekki með öllu mjalla, því jeg hrópað vertu sæll Stebbi; en jeg veit að fyrir golunni hefur hann ekki heyrt til mín; eptir það fór jeg ofan í kojuna
mína
og reyndi að jafna mig í einrúmi._ Á skipinu hálf leiddist mjer sjerstaklega framanaf; veðrið var líka svo leið= inlegt flesta dagana, þó hvergi væri það eins
hraparlega
vont eins og á Siglufirði, þar var hvít húðin í kring um skipið, og snjór alveg heim á túnið á Hvann= eyri. Ferðin hingað suður gekk að mestu slisalaust fyrir mjer Jeg gat einhvern veginn baslast áfram með dönskuna, og hjálpaði dálítíð þeim sem voru lakari en jeg. I fyrra málið er jeg nú búin að vera hjer í viku og hefur mjer liðið vel síðan jeg kom. Þeirrar hef jeg komið til Guðrunar systur seinasta skipti var í gærkveldi, og þá gat jeg lítið eitt tal að við hana; hún talaði mikið innilega um Jóh. sáluga, og mjer og okkur til hinnar mestu huggun ar sagði hún mjer, að hann hefði sáttur við alla menn kvatt heiminn; einusinni sagði hún að hann hafði sagt meira við sjálfann sig, en sig
"Nú á jeg engann þann óvin að jeg gæti ekki kvatt hann og
kysst
sem deyjandi maður ef hann
væri
hjer kominn" Jeg þarf ekki að lýsa elsku mamma mín hvað þessi orð glöddu mig; líka sagði hún að trúin hans til Guðs hefði verið innileg og stöðug; og að hann þráði þessi (
endalok veiki sinnar)
vitum við öll sönnun, Guð lagði honum svo mikið til, þar sem hann komst til þessa góða fólks sem vildi brjóta sig í þúsund stykki fyrir hann; jeg hefði aldrei getað trúað því að vandalaust fólk nokkurntíma gæti lagt svo mikið í sölurnar fyrir svo að segja ókunnuga, já mjer finnst
rjett að
það vera áþreifanleg Guðs tillaga. Fyrir utan að kon an lánaði honum allt það snotrasta er hún átti, til þess að gjöra herbergi hans sem, ánægjulegast, þá lagði það svo mikið sjer til að gjöra veikindi hans sem ljettbærust, að það ljet stundum börnin í burtu til þess að þau ekki hefðu hávaða; ef jeg væri hjá ykkur gæti jeg sagt ykkur svo margt þessu viðvíkjandi. Þann 29. mai eignaðist kona Runólfs snikkara dreng, og heitir hann Jóhannes; konan var að afsaka það við mig að hún
óaðspurð
hefði látið heita nafni bróður
míns saluga, hún sagði að sig hefði langað svo mjög til þess, og svo hefði það líka verkað á að í þrjár nætur stuttu áður en barnið var skírt, hefði sig dreymt J. sál og sagð= ist hún í svefninum hafa munað eftir að hann var dáinn, og var hann að biðja hana að lofa sjer að vera
kyrran
í húsinu, og nóttina áður en barnið var skírt, dreymdi systur hennar (er
stundaði
Jóhanna) að hann kom til hennar og bað hana að sjá um að hann mætti vera í húsinu; þetta til saman verkaði að dreingur ber þetta nafn þessi litli stúfur er ógn laglegur; þetta er líka mesta myndar fólk er að honum stendur þó það sje haldin fátækt. Jeg hef nú elsku mamma mín eptir á haft mikla samvizku af að jeg afhenti konu
R
.
heyjuna
, áður en jeg hafði skrifað ykkur heim um hana, ef ykkur kynni nú að þykja mikið fyrir þessu við mig; jeg var svo hrifin af að heyra hvað J sál. var þarna ánægður og elskur að þessu fólki, að mig langaði svo mikið til að það sjerstaklega sæi frá ykkar hendi einhverja viður kenningu en þetta var það eina er jeg sá að R. langaði til að kaupa, þó hann ekki talaði um það. þessa áræðni bið jeg þig nú bezta mamma mín að fyrir gefa mjer._ Jeg hefði svo margt fleira að tala við þig um en jeg hef svo mörgum að skrifa að tíminn leyfir ekki meira Fyrir gefðu þetta elsku mamma. Guð annist þig allar stundir þess biður af hjart þín elskandi dóttir Ragnheiður
Jeg bið kærl. að heilsa fólkinu sjerstakl. Stebba og Sofíu Jónnasdóttir
þeg00
þín Ranka og
Ha0000
P.S. Elsku mamma mín!
Jeg minntist þess þegar jeg var búin með brjefið þitt að í fyrra kvöld þegar jeg var hjá Guðrunu systur var hún að mælast til að þessi Halldór er stund aði Jóhannes sálugu bróðir fengi einhverja flík af
upp
honum hún sagði að hann væri bláfátækur og að hann hefði mest fyrir sín að gjört það og því lang= aði hana til að hann yrði eitthvað gladdur. Ef hún hefði sagt þetta fyr við mig þá hefði jeg skilið eitt hvað eptir af fötum hans hjer þangað til jeg hefði fengið svar frá ykkur er nú er Ólsen búinn að taka við öllu er hann átti (að undanteknu sauð borði
tóbaks
pípu stokknum hans og lamp= anum, stokkurinn komst ekki ofan í kassann pípuna vissi jeg að ekki var eiginlega brúk fyrir heima hún hafði orðið eptir þá niður var pakkað borðið og lampann afrjeði jeg heldur að sent yrði jeg var svo hrædd um að það brotnaði rjett á leið inni þegar enginn væri er passaði það en það má ætíð senda þegar þið viljið) Af þvi svona stóð á að að Ólsen var búinn að taka við öllu, kom jeg mjer ekki fyrir með að fara heim til hans og krefj_ ast þess að allt yrði rifið upp aptur og því rjeði_
jeg heldur af að allt yrði sent heim og að þið rjeð uð sjálf hvað þið ætluðuð honum og honum væri þá sent það t.d. að vori Mjer heyrðist á Ömmu að Halldór mundi þókna stúlkunni. Þetta er í svoddan flaustri skrifað fyrirgefðu ástar kæra mamma mín þinni elskandi Rönku
Mamma mín!